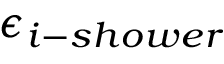
\epsilon _ { i - s h o w e r }